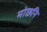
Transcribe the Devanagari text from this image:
मोछनि